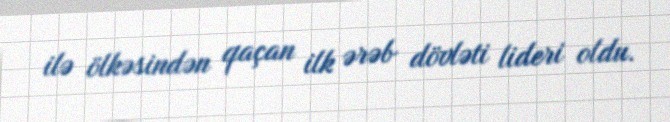
ilə ölkəsindən qaçan ilk ərəb dövləti lideri oldu.